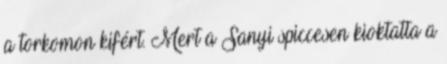
a torkomon kifért. Mert a Sanyi spiccesen kioktatta a